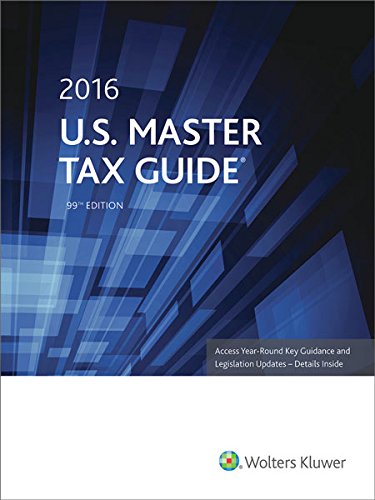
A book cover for U.S. Master Tax Guide (2016); CCH Tax Law Editors; Business & Money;